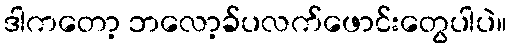
ဒါကတော့ ဘလော့ခ်ပလက်ဖောင်းတွေပါပဲ။